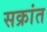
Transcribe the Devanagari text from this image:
सक्रांत